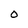
Character: 0